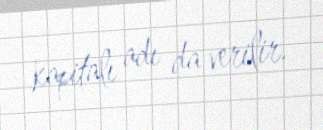
kapitalı adı da verilir.